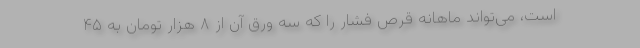
است، می‌تواند ماهانه قرص فشار را که سه ورق آن از ۸ هزار تومان به ۴۵